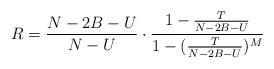
LaTeX: \begin{align*}R=\frac{N-2B-U}{N-U}\cdot\frac{1-\frac{T}{N-2B-U}}{1-(\frac{T}{N-2B-U})^M} \end{align*}